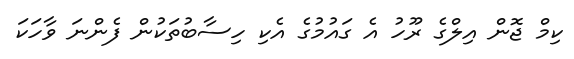
ކިމް ޖޮން އިލްގެ ރޫހު އެ ގައުމުގެ އެކި ހިސާބުތަކުން ފެންނަ ވާހަކަ